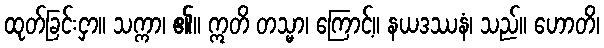
ထုတ်ခြင်းငှာ။ သက္ကာ၊ ၏။ ဣတိ တသ္မာ၊ ကြောင့်။ နယဒဿနံ၊ သည်။ ဟောတိ၊